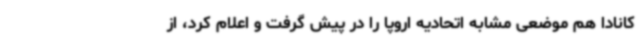
کانادا هم موضعی مشابه اتحادیه اروپا را در پیش گرفت و اعلام کرد، از